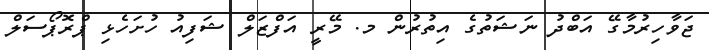
ޖަވާހިރުމާގޭ އަބްދު ނަޝަތުގެ އިތުރުން މ. މޭރީ އަފްޒަލް ޝަފިއު ހުށަހެޅި ޕްރޮޕޯސަލް